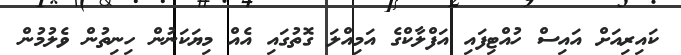
ކައިރިއަށް އައިސް ހުއްޓިފައި އަފްލާކްގެ އަމިއްލަ ގޮތުގައި އެއް މިޔަކަނުން ހިނިތުން ވެލުމުން